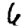
Digit: 6